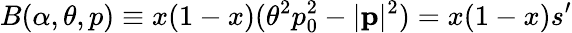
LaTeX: B(\alpha,\theta,p)\equiv x(1-x)(\theta^{2}p_{0}^{2}-|\mathbf{p}|^{2})=x(1-x)s^{\prime}